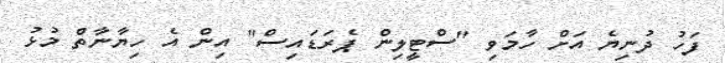
ފަހު ދުނިޔެ އަށް ހާމަވި "ސްޓީލިން ޕެރަޑައިސް" އިން އެ ހިޔާނާތް މުޅު